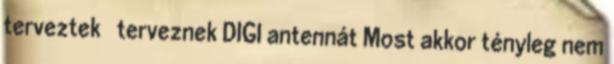
terveztek terveznek DIGI antennát Most akkor tényleg nem